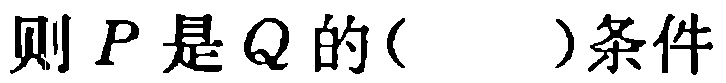
则 \(P\) 是 \(Q\) 的( )条件